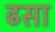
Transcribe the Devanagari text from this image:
ढसा